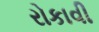
રોકાવી